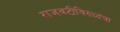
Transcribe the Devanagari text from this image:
राजवटीविरुध्दचा